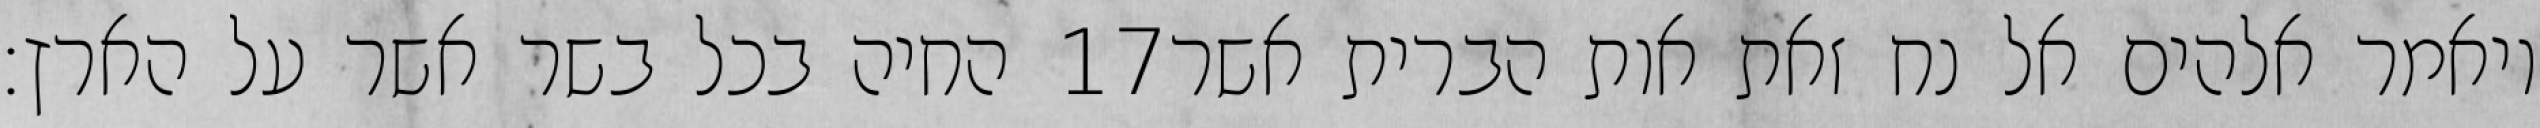
החיה בכל בשר אשר על הארץ׃ ‎17‏ ויאמר אלהים אל נח זאת אות הברית אשר